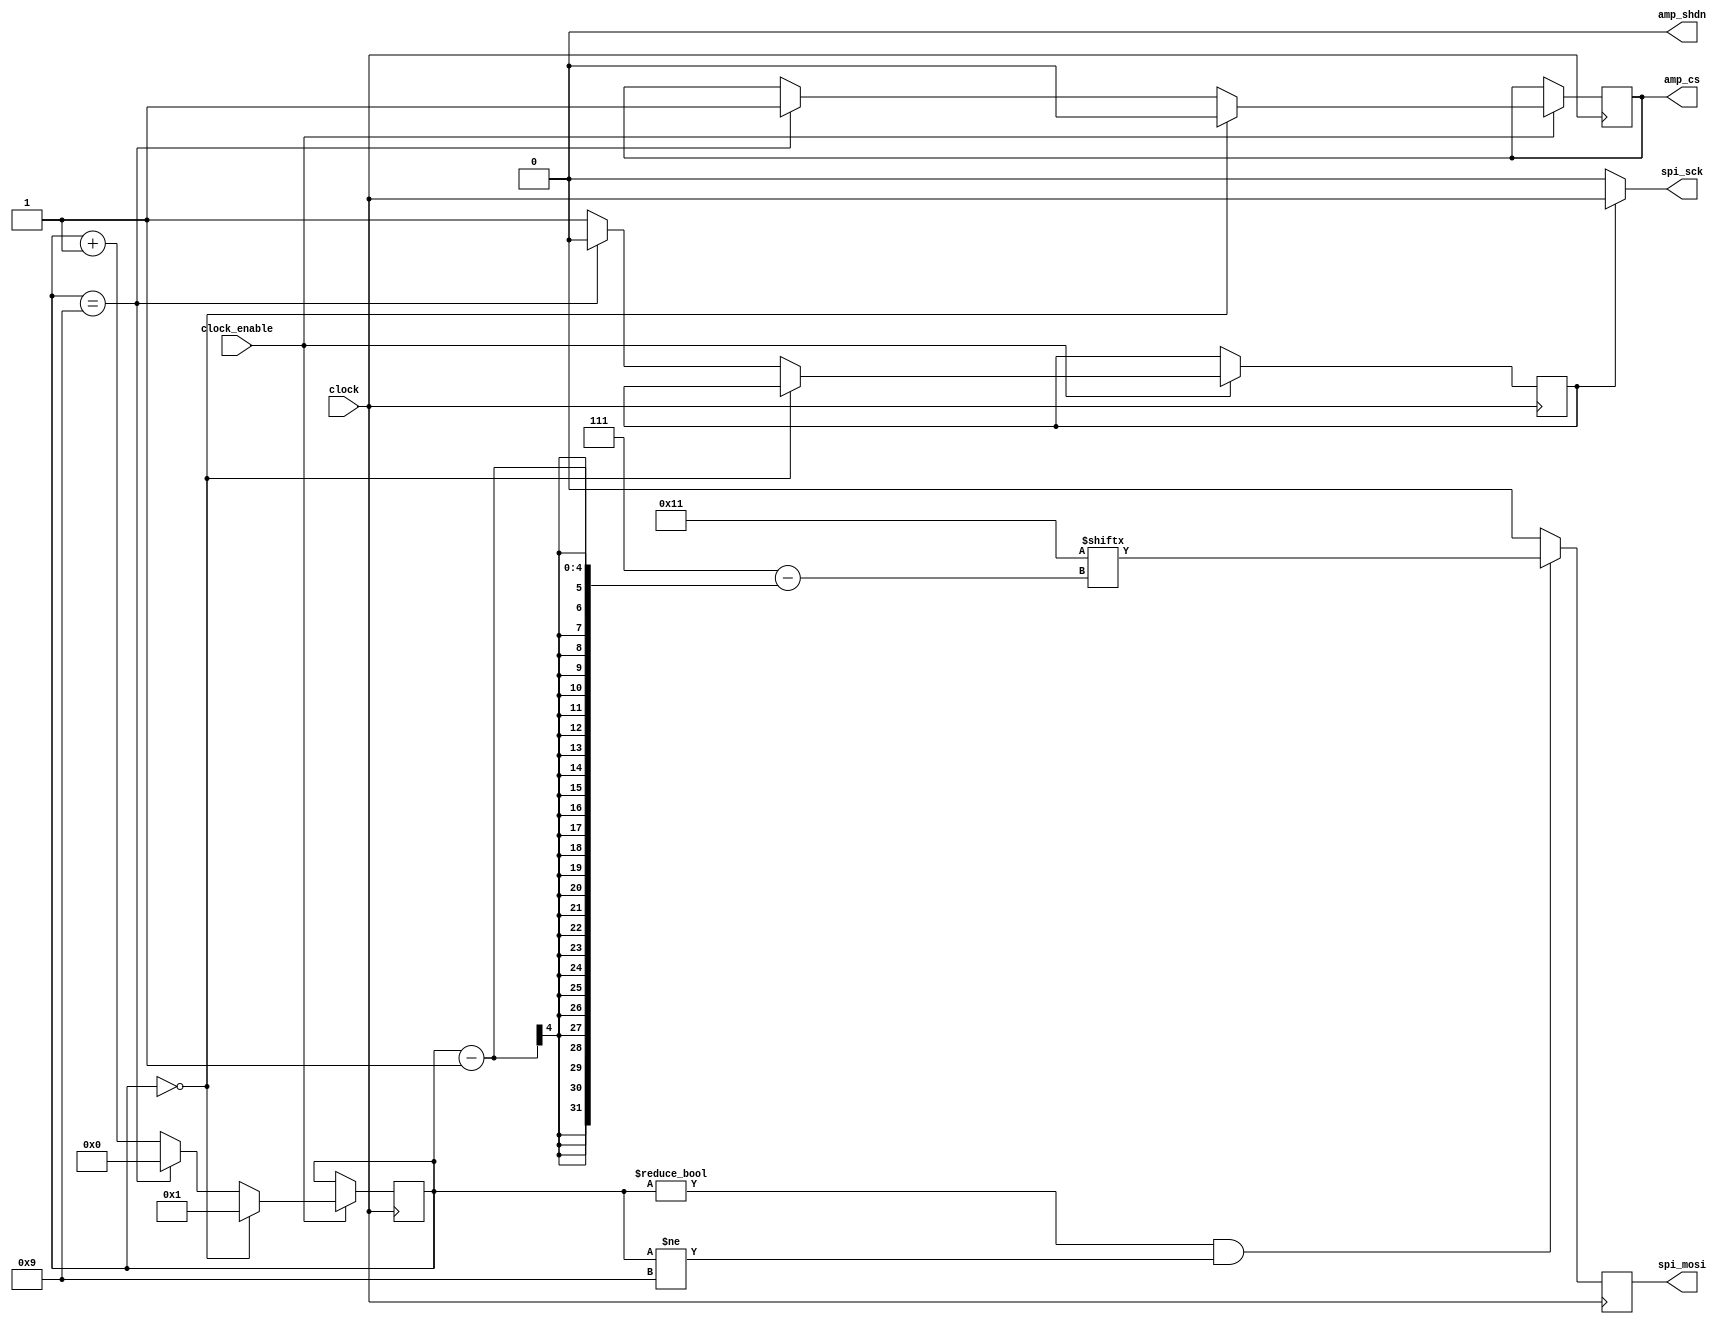
// modulo encargado del buen funcionamiento de AMP

module amplificado(
    input clock,
    input clock_enable,
	 
    output reg spi_mosi,
    output spi_sck,
    output reg amp_cs,
    output reg amp_shdn
    );

reg [3:0]bloque;	//AMP ocupa 1+8+1 cantos de reloj (del 1 al ...7,8,9,0)
						//Bloque extra para sincronizar y dejar AMP_CS en 1 (AMP deshabilitado)

//reg [0:7]amp=8'b0010_0010;	//AMP de -2 usual para aplicaciones de audio Min 1.025[V] y Max 2.275[V]
reg [0:7]amp=8'b0001_0001;	//AMP de -1 entrega Min 1.4[V] y Max 1.9[V]
//reg [0:7]amp=8'b0011_0011;	//AMP de -5 entrega Min 0.4[V] y Max 2.9[V]
//reg [0:7]amp=8'b0101_0101;	//AMP de -20 entrega Min 1.5875[V] y Max 1.7125[V]

reg estado_spi_sck;	//Para utilizar el SPI_SCK solo cuando sea necesario
assign spi_sck=estado_spi_sck?clock:0;	// si estado_spi_sck=1 entonces SPI_SCK ser clock(se usa sck)
													// si no es 1 entonces SPI_SCK ser 0(no se usa sck)				

initial begin	
	bloque<=0;	// inicializa bloque=0
	amp_cs<=1;	// inicializa AMP deshabilitado
	amp_shdn<=0;	//	inicializa no reseteado el AMP
	estado_spi_sck<=0;	// el spi_sck no se usa
	spi_mosi<=0;	//	inicializa en 0 porque si?
end

always@(posedge clock) begin
if(clock_enable)begin	// en cada canto de [reloj de habilitacin]
	if(bloque==0) begin		
		bloque<=1;	// se establece bloque en 1
		amp_cs<=0;	// se habilita AMP (FPGA envia datos a AMP)	
	end
	else if(bloque==9) begin // si llegara al final del bloque 
		bloque<=0;				 // se reinicia el bloque
		estado_spi_sck<=0;	 // se deja de usar spi_sck como reloj de spi
		amp_cs<=1;				 // se deshabilita AMP (constantemente lee?)
	end
	else begin 
		bloque<=bloque+1;		// se aumenta el contador de cantos de reloj
		estado_spi_sck<=1;	// se usa spi_sck como clock
	end
end
end

always@(negedge clock)begin // en cada caida de reloj 
	if(bloque!=0 & bloque!=9) begin // mientras esta habilitado AMP 
		spi_mosi<=amp[bloque-1];	// FPGA envia ordenes bit a bit a AMP
	end
	else 
		spi_mosi<=0;	// si no enva el valor 0
end

endmodule